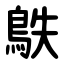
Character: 䳀